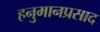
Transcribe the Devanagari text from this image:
हनुमानप्रसाद